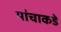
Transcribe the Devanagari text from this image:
यांचाकडे